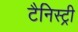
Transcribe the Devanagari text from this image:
टैनिस्ट्री